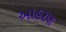
આહરણ